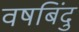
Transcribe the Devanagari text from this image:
वषबिंदु